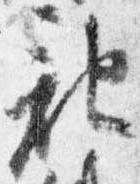
記